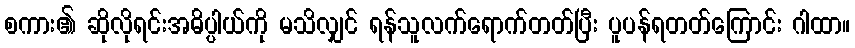
စကား၏ ဆိုလိုရင်းအဓိပ္ပါယ်ကို မသိလျှင် ရန်သူလက်ရောက်တတ်ပြီး ပူပန်ရတတ်ကြောင်း ဂါထာ။